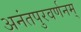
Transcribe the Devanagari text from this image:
अनंतपुरवर्णनम्